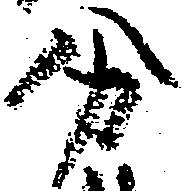
分